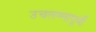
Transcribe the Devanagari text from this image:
उचलण्यापूर्वी